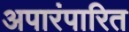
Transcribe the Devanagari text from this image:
अपारंपारित